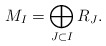
\begin{align*}M_I = \bigoplus_{J\subset I} R_J.\end{align*}